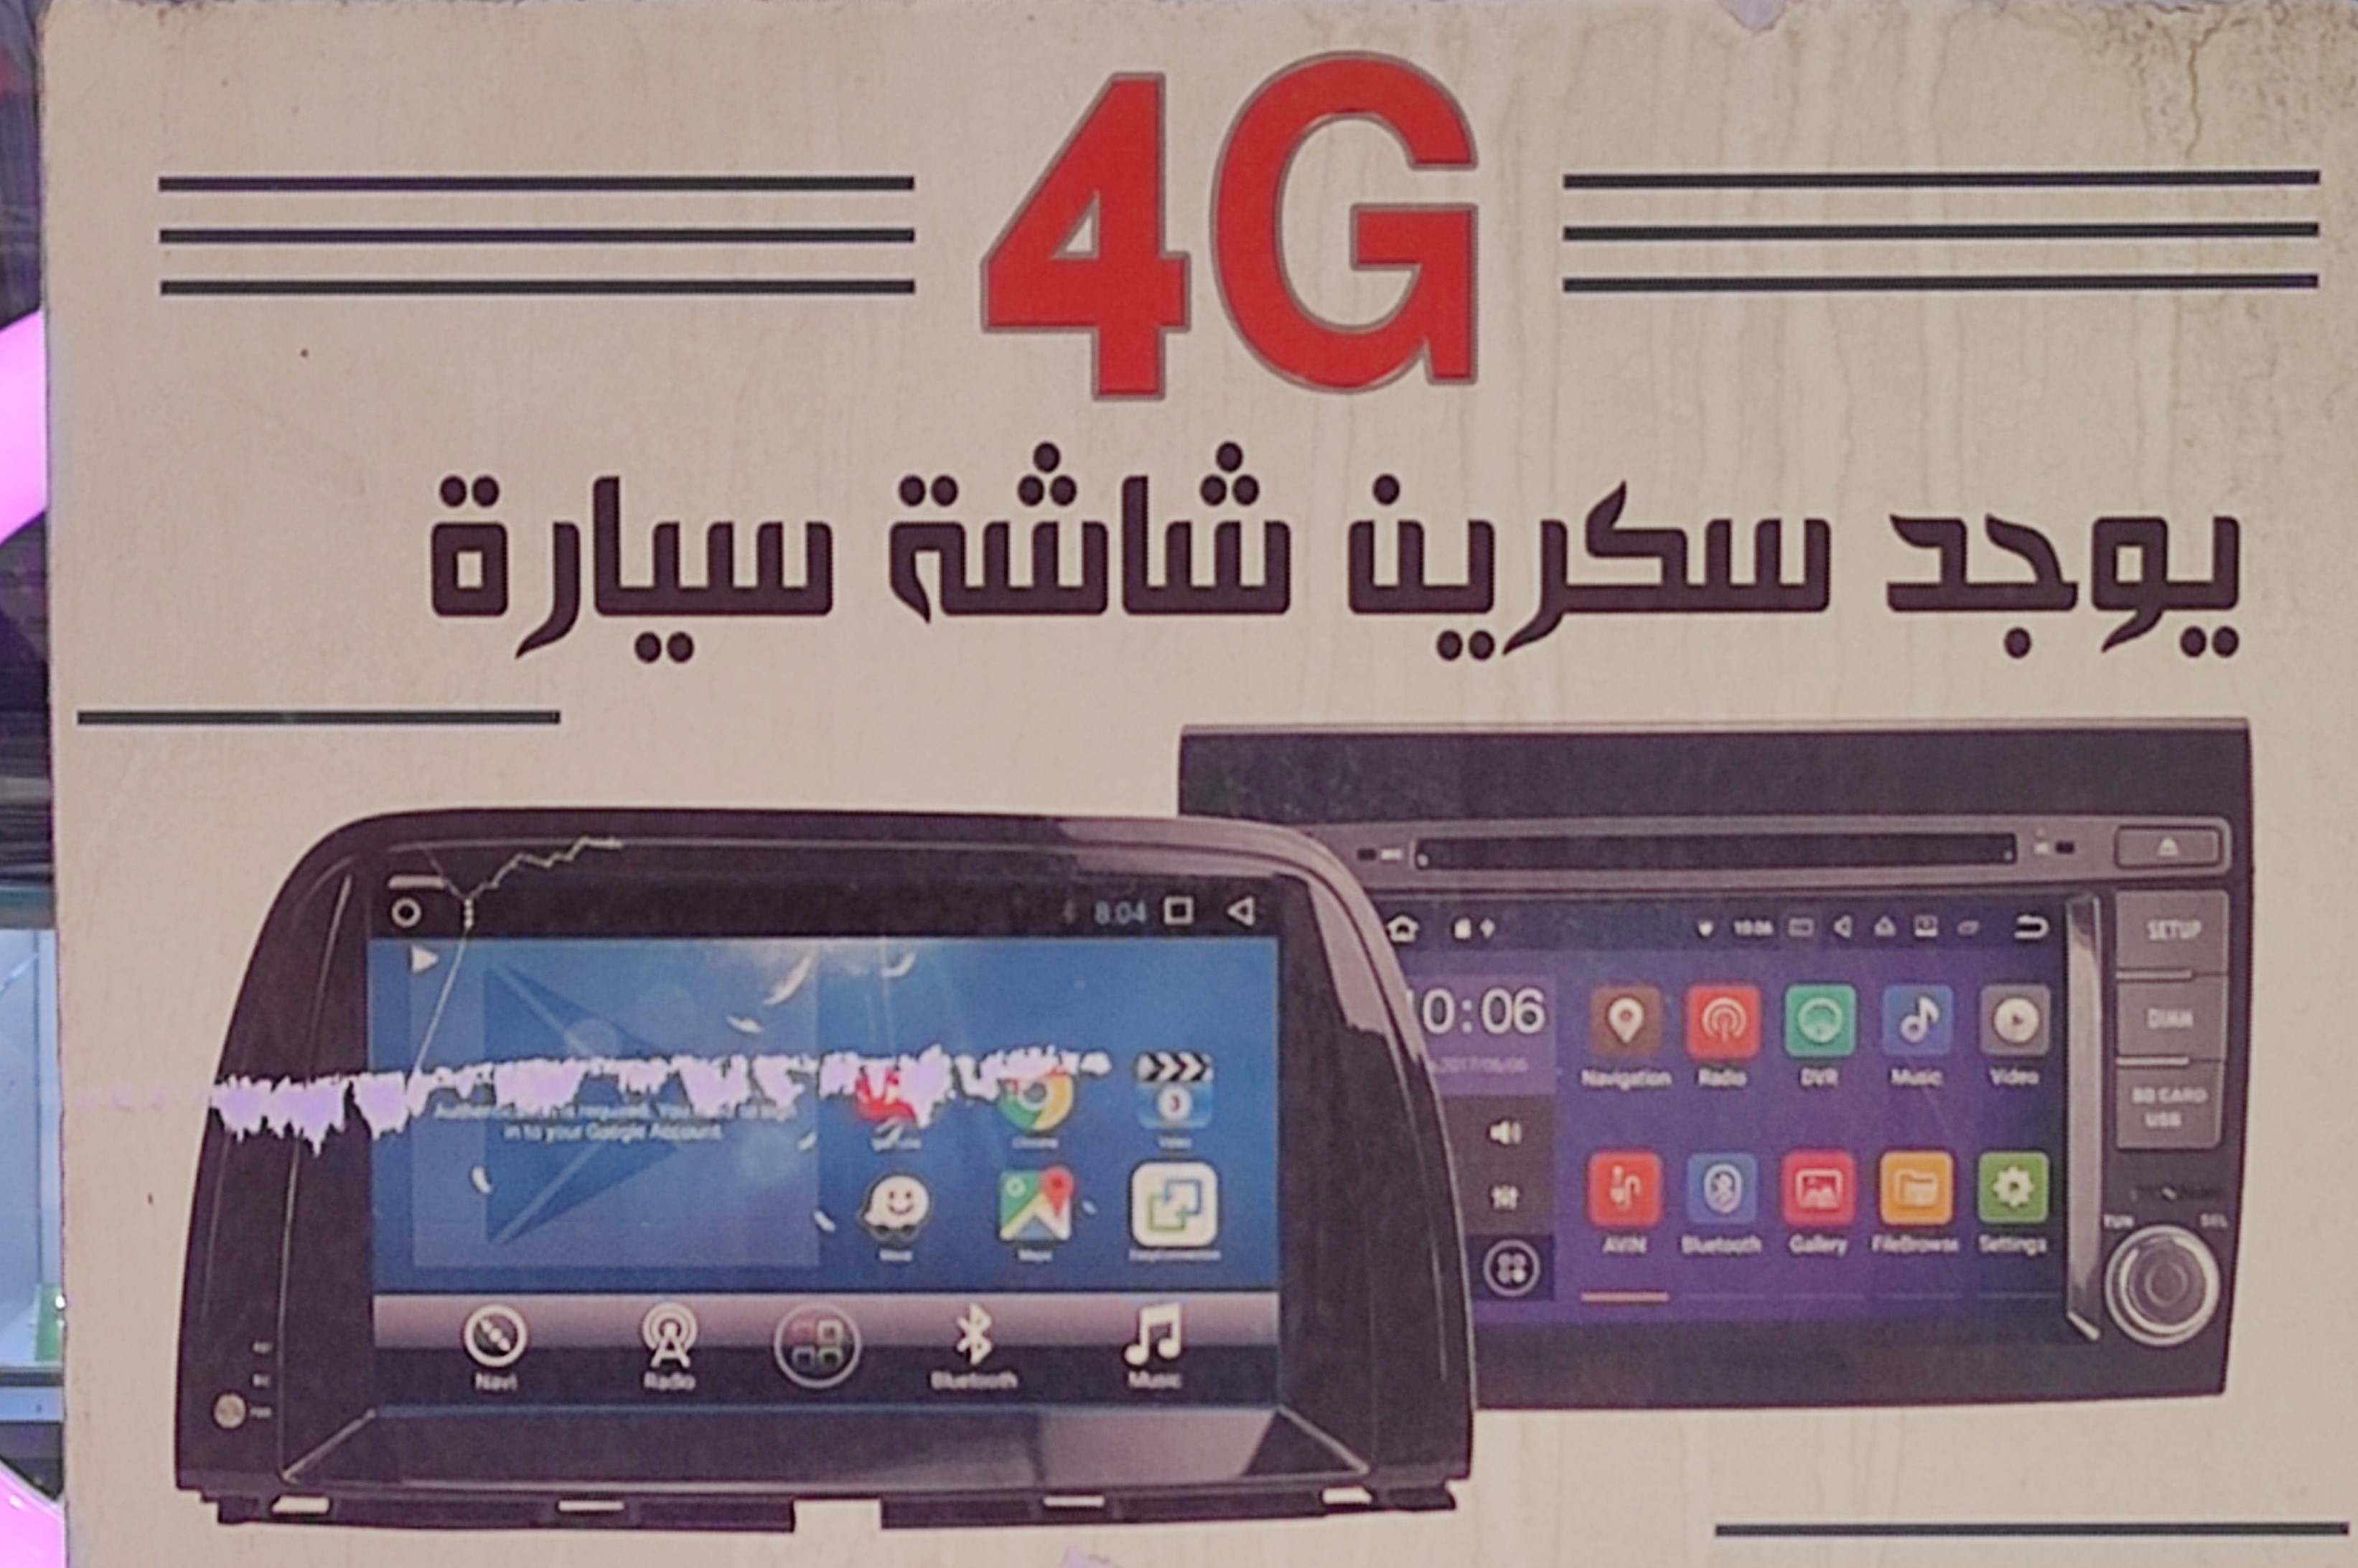
Text in image: شاشة سيارة سكرين يوجد 4G